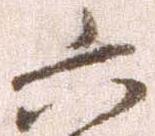
六